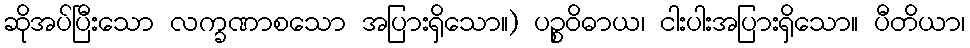
ဆိုအပ်ပြီးသော လက္ခဏာစသော အပြားရှိသော။) ပဉ္စဝိဓာယ၊ ငါးပါးအပြားရှိသော။ ပီတိယာ၊